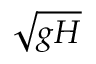
\sqrt { g H }